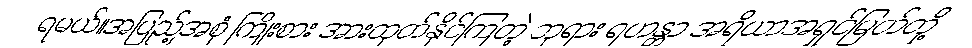
ရမယ်။အပြည့်အစုံ ကြိုးစား အားထုတ်နိုင်ကြတဲ့ ဘုရား ရဟန္တာ အရိယာအရှင်မြတ်တို့